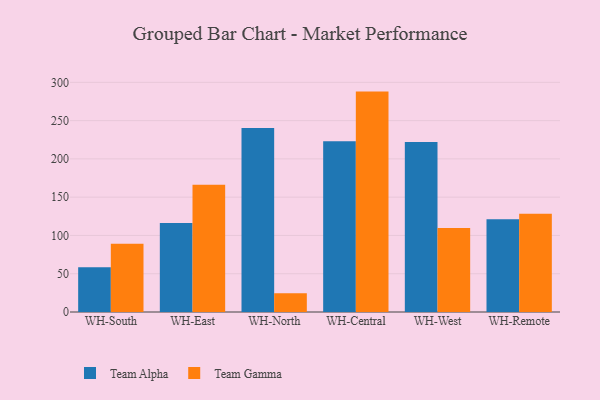
{"axis": {"x": "Warehouse", "y": "Headcount"}, "legend": ["Team Alpha", "Team Gamma"], "data": [{"x": "WH-South", "y": 58.4, "type": "Team Alpha"}, {"x": "WH-South", "y": 89.1, "type": "Team Gamma"}, {"x": "WH-East", "y": 116.2, "type": "Team Alpha"}, {"x": "WH-East", "y": 166.3, "type": "Team Gamma"}, {"x": "WH-North", "y": 240.5, "type": "Team Alpha"}, {"x": "WH-North", "y": 24.4, "type": "Team Gamma"}, {"x": "WH-Central", "y": 222.9, "type": "Team Alpha"}, {"x": "WH-Central", "y": 287.9, "type": "Team Gamma"}, {"x": "WH-West", "y": 222.1, "type": "Team Alpha"}, {"x": "WH-West", "y": 109.8, "type": "Team Gamma"}, {"x": "WH-Remote", "y": 121.3, "type": "Team Alpha"}, {"x": "WH-Remote", "y": 128.5, "type": "Team Gamma"}]}